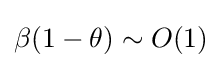
\beta (1-\theta )\sim O(1)